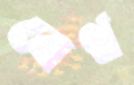
বেথ